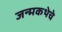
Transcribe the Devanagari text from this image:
जन्मकथेचे